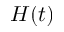
H ( t )